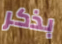
بذكر